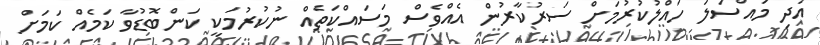
އަދި މައްސަލަ ހައްލުކުރުމަށް ސަރުކާރުން އެއްވެސް މަސައްކަތެއް ނުކުރުމަކީ ކަންބޮޑުވާ ކަމެއް ކަމަށް